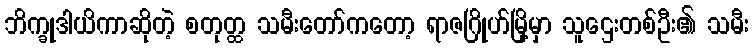
ဘိက္ခုဒါယိကာဆိုတဲ့ စတုတ္ထ သမီးတော်ကတော့ ရာဇဂြိုဟ်မြို့မှာ သူဌေးတစ်ဦး၏ သမီး